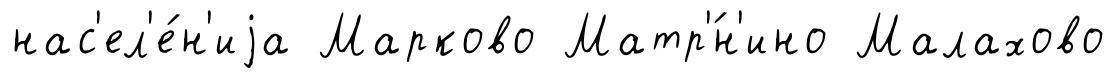
нас'ел'е́н'иjа Марково Матр'́н'ино Малахово